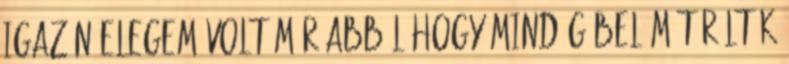
igazán elegem volt már abból hogy mindíg belém törölték